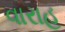
વારાહ